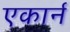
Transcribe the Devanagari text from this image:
एकार्न